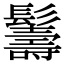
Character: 𩯦